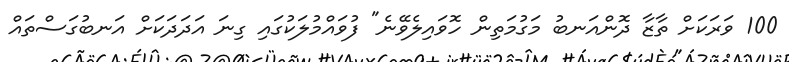
100 ވަރަކަށް ތާޒާ ދޮންއަނބު މަގުމަތިން ހޮވައިލެވޭނެ" ފުވައްމުލަކުގައި ގިނަ އަދަދަކަށް އަނބުގަސްތައް